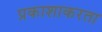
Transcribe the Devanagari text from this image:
प्रकाशाकरता